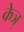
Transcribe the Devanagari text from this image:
केञ्